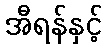
အီရန်နှင့်